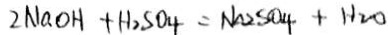
2 N a O H + H _ { 2 } S O _ { 4 } = N a _ { 2 } S O _ { 4 } + H _ { 2 } O